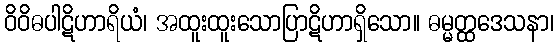
ဝိဝိဓပါဋိဟာရိယံ၊ အထူးထူးသောပြာဋိဟာရှိသော။ ဓမ္မတ္ထဒေသနာ၊